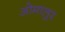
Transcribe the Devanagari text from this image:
ओमालुर